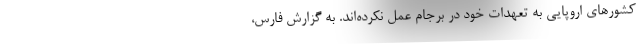
کشورهای اروپایی به تعهدات خود در برجام عمل نکرده‌اند. به گزارش فارس،